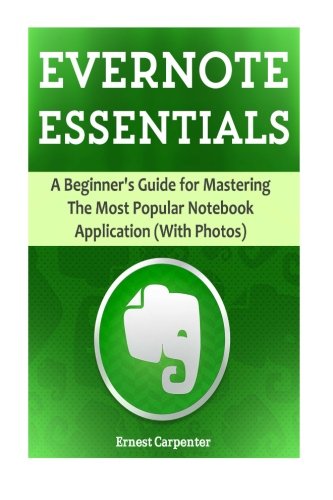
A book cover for Evernote Essentials: A Beginner's Guide for Mastering The Most Popular Notebook Application (With Photos) (Evernote, Evernote Essentials, Evernote For Beginners); Ernest Carpenter; Computers & Technology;